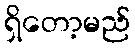
ရှိတော့မည်